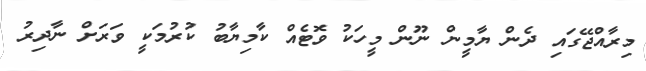
މިރާއްޖޭގައި ދެން ޔާމީން ނޫން މީހަކު ވޮޓެއް ކާމިޔާބު ކުރުމަކީ ވަރަށް ނާދިރު